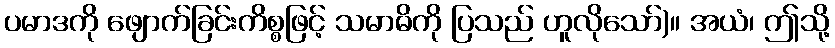
ပမာဒကို ဖျောက်ခြင်းကိစ္စဖြင့် သမာဓိကို ပြသည် ဟူလိုသော်)။ အယံ၊ ဤသို့